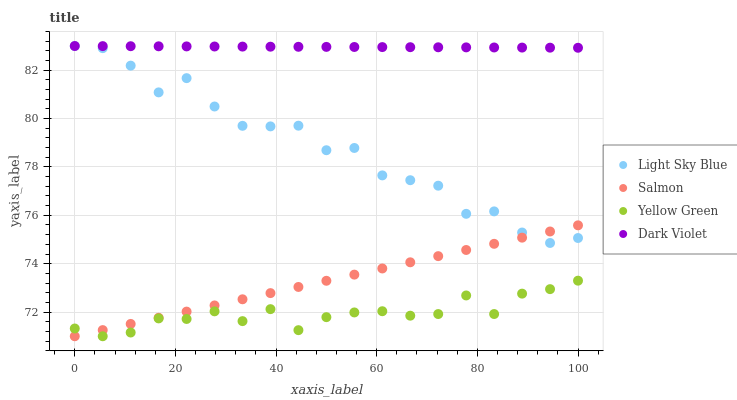
| xaxis_label | Light Sky Blue | Salmon | Yellow Green | Dark Violet |
 | --- | --- | --- | --- | --- |
 | 0 | 83 | 71 | 71.3 | 83 |
 | 5.56 | 82.9 | 71.3 | 71 | 83 |
 | 11.1 | 82.2 | 71.5 | 71.2 | 83 |
 | 16.7 | 81.1 | 71.8 | 71.7 | 83 |
 | 22.2 | 81.7 | 72 | 71.7 | 83 |
 | 27.8 | 80.5 | 72.3 | 72 | 83 |
 | 33.3 | 79.7 | 72.5 | 71.6 | 83 |
 | 38.9 | 79.7 | 72.8 | 72.1 | 83 |
 | 44.4 | 79.7 | 73 | 71.3 | 83 |
 | 50 | 78.7 | 73.3 | 71.8 | 83 |
 | 55.6 | 78.8 | 73.5 | 72 | 83 |
 | 61.1 | 77.7 | 73.8 | 72 | 83 |
 | 66.7 | 77.5 | 74.1 | 71.9 | 83 |
 | 72.2 | 77.2 | 74.3 | 71.9 | 82.9 |
 | 77.8 | 76.1 | 74.6 | 72.7 | 82.9 |
 | 83.3 | 76.2 | 74.8 | 71.9 | 82.9 |
 | 88.9 | 75.3 | 75.1 | 72.8 | 82.9 |
 | 94.4 | 74.9 | 75.3 | 72.9 | 82.9 |
 | 100 | 75.1 | 75.6 | 73.3 | 82.9 |